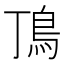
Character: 𩾚